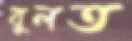
বুলত